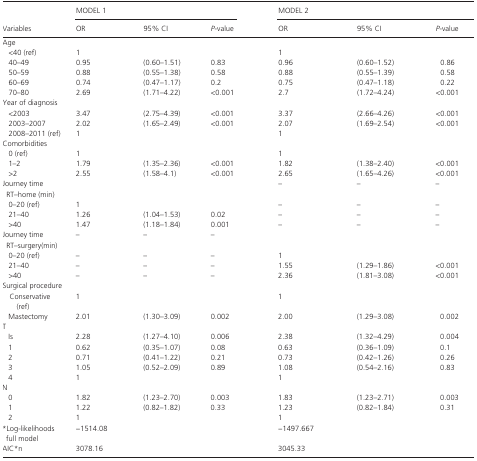
<table><thead><tr><td rowspan="2"><b>Variables</b></td><td colspan="3"><b>MODEL 1</b></td><td colspan="3"><b>MODEL 2</b></td></tr><tr><td><b>OR</b></td><td><b>95% CI</b></td><td><b><i>P</i>‐value</b></td><td><b>OR</b></td><td><b>95% CI</b></td><td><b><i>P</i>‐value</b></td></tr></thead><tbody><tr><td colspan="7">Age</td></tr><tr><td>&lt;40 (ref)</td><td>1</td><td></td><td></td><td>1</td><td></td><td></td></tr><tr><td>40–49</td><td>0.95</td><td>(0.60–1.51)</td><td>0.83</td><td>0.96</td><td>(0.60–1.52)</td><td>0.86</td></tr><tr><td>50–59</td><td>0.88</td><td>(0.55–1.38)</td><td>0.58</td><td>0.88</td><td>(0.55–1.39)</td><td>0.58</td></tr><tr><td>60–69</td><td>0.74</td><td>(0.47–1.17)</td><td>0.2</td><td>0.75</td><td>(0.47–1.18)</td><td>0.22</td></tr><tr><td>70–80</td><td>2.69</td><td>(1.71–4.22)</td><td>&lt;0.001</td><td>2.7</td><td>(1.72–4.24)</td><td>&lt;0.001</td></tr><tr><td colspan="7">Year of diagnosis</td></tr><tr><td>&lt;2003</td><td>3.47</td><td>(2.75–4.39)</td><td>&lt;0.001</td><td>3.37</td><td>(2.66–4.26)</td><td>&lt;0.001</td></tr><tr><td>2003–2007</td><td>2.02</td><td>(1.65–2.49)</td><td>&lt;0.001</td><td>2.07</td><td>(1.69–2.54)</td><td>&lt;0.001</td></tr><tr><td>2008–2011 (ref)</td><td>1</td><td></td><td></td><td>1</td><td></td><td></td></tr><tr><td colspan="7">Comorbidities</td></tr><tr><td>0 (ref)</td><td>1</td><td></td><td></td><td>1</td><td></td><td></td></tr><tr><td>1–2</td><td>1.79</td><td>(1.35–2.36)</td><td>&lt;0.001</td><td>1.82</td><td>(1.38–2.40)</td><td>&lt;0.001</td></tr><tr><td>&gt;2</td><td>2.55</td><td>(1.58–4.1)</td><td>&lt;0.001</td><td>2.65</td><td>(1.65–4.26)</td><td>&lt;0.001</td></tr><tr><td>Journey time RT–home (min)</td><td></td><td></td><td></td><td>–</td><td>–</td><td>–</td></tr><tr><td>0–20 (ref)</td><td>1</td><td></td><td></td><td>–</td><td>–</td><td>–</td></tr><tr><td>21–40</td><td>1.26</td><td>(1.04–1.53)</td><td>0.02</td><td>–</td><td>–</td><td>–</td></tr><tr><td>&gt;40</td><td>1.47</td><td>(1.18–1.84)</td><td>0.001</td><td>–</td><td>–</td><td>–</td></tr><tr><td>Journey time RT–surgery(min)</td><td>–</td><td>–</td><td>–</td><td></td><td></td><td></td></tr><tr><td>0–20 (ref)</td><td>–</td><td>–</td><td>–</td><td>1</td><td></td><td></td></tr><tr><td>21–40</td><td>–</td><td>–</td><td>–</td><td>1.55</td><td>(1.29–1.86)</td><td>&lt;0.001</td></tr><tr><td>&gt;40</td><td>–</td><td>–</td><td>–</td><td>2.36</td><td>(1.81–3.08)</td><td>&lt;0.001</td></tr><tr><td colspan="7">Surgical procedure</td></tr><tr><td>Conservative (ref)</td><td>1</td><td></td><td></td><td>1</td><td></td><td></td></tr><tr><td>Mastectomy</td><td>2.01</td><td>(1.30–3.09)</td><td>0.002</td><td>2.00</td><td>(1.29–3.08)</td><td>0.002</td></tr><tr><td>T</td><td></td><td></td><td></td><td></td><td></td><td></td></tr><tr><td>Is</td><td>2.28</td><td>(1.27–4.10)</td><td>0.006</td><td>2.38</td><td>(1.32–4.29)</td><td>0.004</td></tr><tr><td>1</td><td>0.62</td><td>(0.35–1.07)</td><td>0.08</td><td>0.63</td><td>(0.36–1.09)</td><td>0.1</td></tr><tr><td>2</td><td>0.71</td><td>(0.41–1.22)</td><td>0.21</td><td>0.73</td><td>(0.42–1.26)</td><td>0.26</td></tr><tr><td>3</td><td>1.05</td><td>(0.52–2.09)</td><td>0.89</td><td>1.08</td><td>(0.54–2.16)</td><td>0.83</td></tr><tr><td>4</td><td>1</td><td></td><td></td><td>1</td><td></td><td></td></tr><tr><td>N</td><td></td><td></td><td></td><td></td><td></td><td></td></tr><tr><td>0</td><td>1.82</td><td>(1.23–2.70)</td><td>0.003</td><td>1.83</td><td>(1.23–2.71)</td><td>0.003</td></tr><tr><td>1</td><td>1.22</td><td>(0.82–1.82)</td><td>0.33</td><td>1.23</td><td>(0.82–1.84)</td><td>0.31</td></tr><tr><td>2</td><td>1</td><td></td><td></td><td>1</td><td></td><td></td></tr><tr><td>*Log‐likelihoods full model</td><td colspan="3">−1514.08</td><td colspan="3">−1497.667</td></tr><tr><td>AIC*n</td><td colspan="3">3078.16</td><td colspan="3">3045.33</td></tr></tbody></table>